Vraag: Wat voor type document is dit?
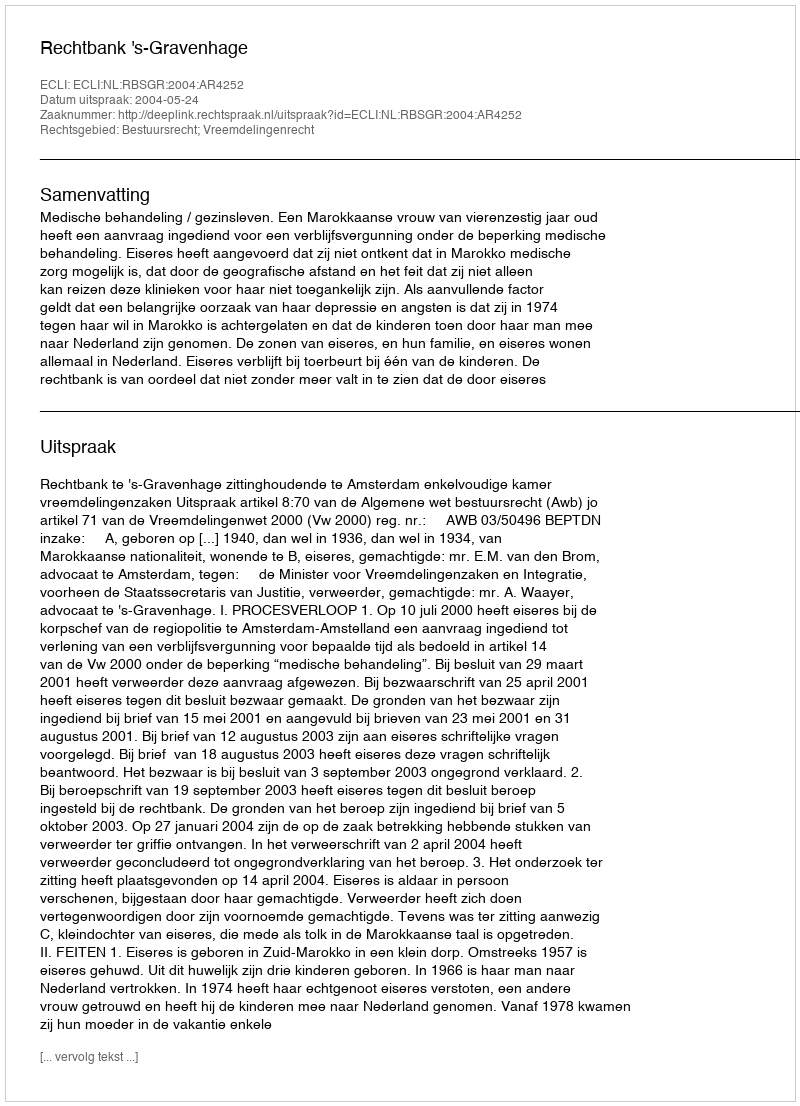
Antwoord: Uitspraak